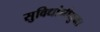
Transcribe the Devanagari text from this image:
सुविधांनीयुक्त